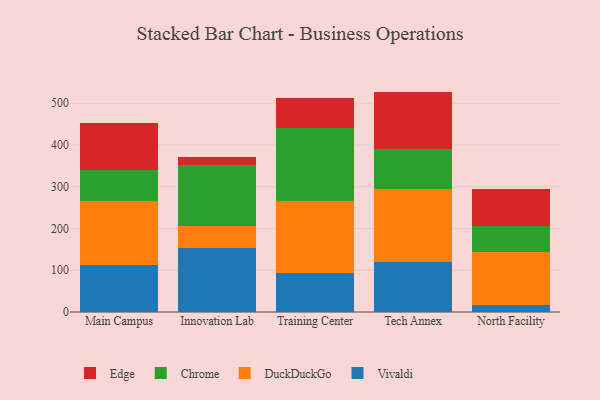
{"axis": {"x": "Campus", "y": "Website Visitors"}, "legend": ["Chrome", "DuckDuckGo", "Edge", "Vivaldi"], "data": [{"x": "Main Campus", "y": 113.0, "type": "Vivaldi"}, {"x": "Main Campus", "y": 153.5, "type": "DuckDuckGo"}, {"x": "Main Campus", "y": 73.9, "type": "Chrome"}, {"x": "Main Campus", "y": 111.2, "type": "Edge"}, {"x": "Innovation Lab", "y": 153.7, "type": "Vivaldi"}, {"x": "Innovation Lab", "y": 52.3, "type": "DuckDuckGo"}, {"x": "Innovation Lab", "y": 146.3, "type": "Chrome"}, {"x": "Innovation Lab", "y": 18.6, "type": "Edge"}, {"x": "Training Center", "y": 93.8, "type": "Vivaldi"}, {"x": "Training Center", "y": 172.4, "type": "DuckDuckGo"}, {"x": "Training Center", "y": 175.1, "type": "Chrome"}, {"x": "Training Center", "y": 71.6, "type": "Edge"}, {"x": "Tech Annex", "y": 120.8, "type": "Vivaldi"}, {"x": "Tech Annex", "y": 173.5, "type": "DuckDuckGo"}, {"x": "Tech Annex", "y": 96.5, "type": "Chrome"}, {"x": "Tech Annex", "y": 137.2, "type": "Edge"}, {"x": "North Facility", "y": 16.7, "type": "Vivaldi"}, {"x": "North Facility", "y": 125.9, "type": "DuckDuckGo"}, {"x": "North Facility", "y": 63.7, "type": "Chrome"}, {"x": "North Facility", "y": 88.2, "type": "Edge"}]}